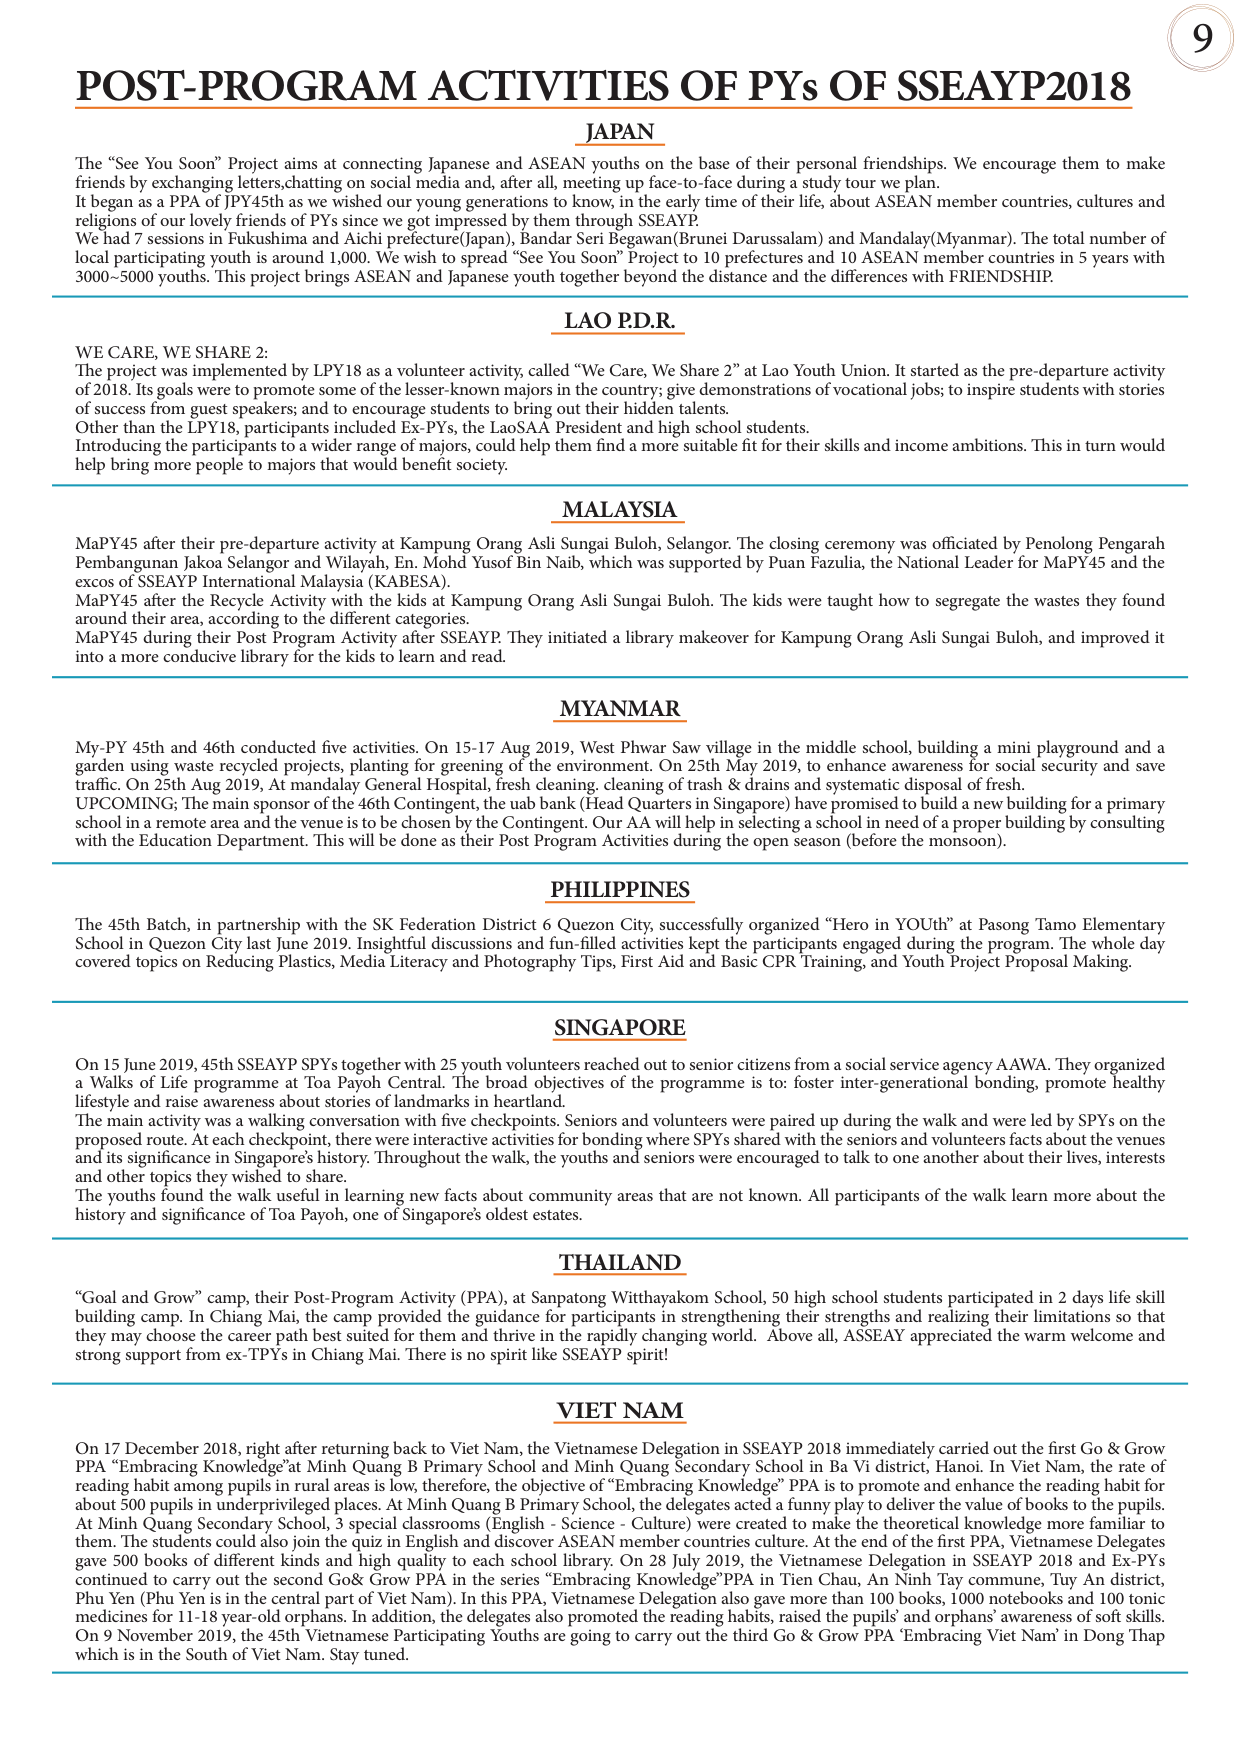
POST-PROGRAM ACTIVITIES OF PYs OF SSEAYP2018

JAPAN
The “See You Soon” Project aims at connecting Japanese and ASEAN youths on the base of their personal friendships. We encourage them to make friends by exchanging letters, chatting on social media and, after all, meeting face-to-face during a study tour we plan.
It began as a PPA of JPY45th as we wished our young generations to know, in the early time of their life, about ASEAN member countries, cultures and religions of our lovely friends of PYs since we got impressed by them through SSEAYP.
We had 7 sessions in Fukushima and Aichi prefecture (Japan), Bandar Seri Begawan (Brunei Darussalam) and Mandalay (Myanmar). The total number of local participating youth is around 1,000. We wish to spread “See You Soon” Project to 10 prefectures and 10 ASEAN member countries in 5 years with 3000–5000 youths. This project brings ASEAN and Japanese youth together beyond the distance and the differences with FRIENDSHIP.

LAO P.D.R.
WE CARE, WE SHARE 2:
The project was implemented by LPY18 as a volunteer activity, called “We Care, We Share 2” at Lao Youth Union. It started as the pre-departure activity of 2018. Its goals were to promote some of the lesser-known majors in the country; give demonstrations of vocational jobs; to inspire students with stories of success from guest speakers; and to encourage students to bring out their hidden talents.
Other than the LPY18, participants included Ex-PYs, the LaoSAA President and high school students.
Introducing the participants to a wider range of majors, could help them find a more suitable fit for their skills and income ambitions. This in turn would help bring more people to majors that would benefit society.

MALAYSIA
MaPY45 after their pre-departure activity at Kampung Orang Asli Sungai Buloh, Selangor. The closing ceremony was officiated by Penolong Pengarah Pembangunan Jaka Selangor and Wilayah, En. Mohd Yusof Bin Naib, which was supported by Puan Fazulia, the National Leader for MaPY45 and the execs of SSEAYP International Malaysia (KABESA).
MaPY45 after the Recycle Activity with the kids at Kampung Orang Asli Sungai Buloh. The kids were taught how to segregate the wastes they found around their area, according to the different categories.
MaPY45 during their Post Program Activity after SSEAYP. They initiated a library makeover for Kampung Orang Asli Sungai Buloh, and improved it into a more conducive library for the kids to learn and read.

MYANMAR
My-PY 45th and 46th conducted five activities. On 15–17 Aug 2019, West Phwar Saw village in the middle school, building a mini playground and a garden using waste recycled projects, planting for greening of the environment. On 25th May 2019, to enhance awareness for social security and save traffic. On 25th Aug 2019, At mandalay General Hospital, fresh cleaning, cleaning of trash & drains and systematic disposal of fresh.
UPCOMING: The main sponsor of the 46th Contingent, the uab bank (Head Quarters in Singapore) have promised to build a new building for a primary school in a remote area and the venue is to be chosen by the Contingent. Our AA will help in selecting a school in need of a proper building by consulting with the Education Department. This will be done as their Post Program Activities during the open season (before the monsoon).

PHILIPPINES
The 45th Batch, in partnership with the SK Federation District 6 Quezon City, successfully organized “Hero in YOUTH” at Pasong Tamo Elementary School in Quezon City last June 2019. Insightful discussions and fun-filled activities kept the participants engaged during the program. The whole day covered topics on Reducing Plastics, Media Literacy and Photography Tips, First Aid and Basic CPR Training, and Youth Project Proposal Making.

SINGAPORE
On 15 June 2019, 45th SSEAYP SPYs together with 25 youth volunteers reached out to senior citizens from a social service agency AAWA. They organized a Walks of Life programme at Toa Payoh Central. The broad objectives of the programme is to: foster inter-generational bonding, promote healthy lifestyle and raise awareness about stories of landmarks in heartland.
The main activity was a walking conversation with five checkpoints. Seniors and volunteers were paired up during the walk and were led by SPYs on the proposed route. At each checkpoint, there were interactive activities for bonding where SPYs shared with the seniors and volunteers facts about the venues and its significance in Singapore’s history. Throughout the walk, the youths and seniors were encouraged to talk to one another about their lives, interests and other topics they wished to share.
The youths found the walk useful in learning new facts about community areas that are not known. All participants of the walk learn more about the history and significance of Toa Payoh, one of Singapore’s oldest estates.

THAILAND
“Goal and Grow” camp, their Post-Program Activity (PPA), at Sanpatong Witthayakom School, 50 high school students participated in 2 days life skill building camp. In Chiang Mai, the camp provided the guidance for participants in strengthening their strengths and realizing their limitations so that they may choose the career path best suited for them and thrive in the rapidly changing world. Above all, ASSEAY appreciated the warm welcome and strong support from ex-TPYs in Chiang Mai. There is no spirit like SSEAYP spirit!

VIET NAM
On 17 December 2018, right after returning back to Viet Nam, the Vietnamese Delegation in SSEAYP 2018 immediately carried out the first Go & Grow PPA “Embracing Knowledge” at Minh Quang B Primary School and Minh Quang Secondary School in Ba Vi district, Hanoi. In Viet Nam, the rate of reading habit among pupils in rural areas is low, therefore, the objective of “Embracing Knowledge” PPA is to promote and enhance the reading habit for about 500 pupils in underprivileged places. At Minh Quang B Primary School, the delegates acted a funny play to deliver the value of books to the pupils. At Minh Quang Secondary School, 3 classroom (English - Science - Culture) were created to make the theoretical knowledge more familiar to them. The students could also join the quiz in English and discover ASEAN member countries culture. At the end of the first PPA, Vietnamese Delegates gave 500 books of different kinds and high quality to each school library. On 28 July 2019, the Vietnamese Delegation in SSEAYP 2018 and Ex-PYs continued to carry out the second Go& Grow PPA in the series “Embracing Knowledge” PPA in Tien Chau, An Ninh Tay commune, Tuy An district, Phu Yen (Phu Yen is in the central part of Viet Nam). In this PPA, Vietnamese Delegation also gave more than 100 books, 1000 notebooks and 100 tonic medicines for 11–18 year-old orphans. In addition, the delegates also promoted the reading habits, raised the pupils’ and orphans’ awareness of soft skills. On 9 November 2019, the 45th Vietnamese Participating Youths are going to carry out the third Go & Grow PPA ‘Embracing Viet Nam’ in Dong Thap which is in the South of Viet Nam. Stay tuned.